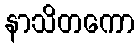
နာသိတကော